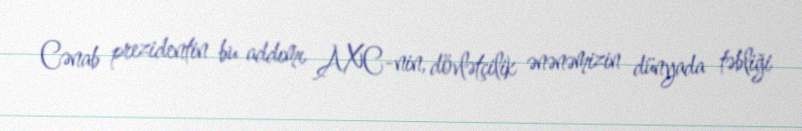
Cənab prezidentin bu addımı AXC-nin, dövlətçilik ənənəmizin dünyada təbliği